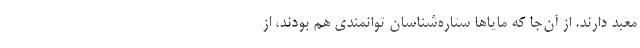
معبد دارند. از آن‌جا که مایاها ستاره‌شناسان توانمندی هم بودند، از